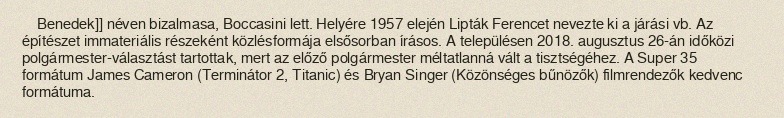
Benedek]] néven bizalmasa, Boccasini lett. Helyére 1957 elején Lipták Ferencet nevezte ki a járási vb. Az építészet immateriális részeként közlésformája elsősorban írásos. A településen 2018. augusztus 26-án időközi polgármester-választást tartottak, mert az előző polgármester méltatlanná vált a tisztségéhez. A Super 35 formátum James Cameron (Terminátor 2, Titanic) és Bryan Singer (Közönséges bűnözők) filmrendezők kedvenc formátuma.